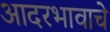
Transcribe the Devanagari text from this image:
आदरभावाचे